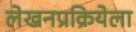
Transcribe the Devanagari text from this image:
लेखनप्रक्रियेला